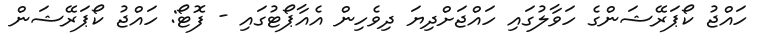
ހައްޖު ކޯޕަރޭޝަންގެ ހަވާލުގައި ހައްޖަށްދިޔަ ދިވެހިން އެއާޕޯޓުގައި - ފޮޓޯ: ހައްޖު ކޯޕަރޭޝަން